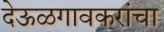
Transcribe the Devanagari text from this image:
देऊळगावकरांचा